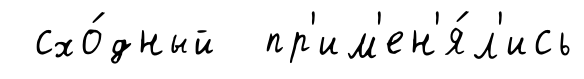
схо́дный пр'им'ен'я́л'ись